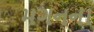
મગનના